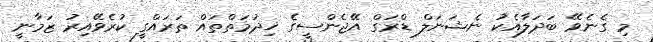
މި ގެނެވޭ ބަދަލާއެކު ނެޝަނަލް ޑްރަގް އޭޖެންސީގެ ޚިދުމަތްތައް ތަރައްގީ ކުރެވޭއިރު ޒަމާނީ